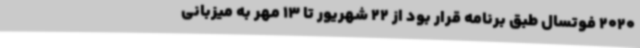
2020 فوتسال طبق برنامه قرار بود از 22 شهریور تا 13 مهر به میزبانی